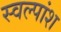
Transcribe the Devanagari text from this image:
स्वल्पांश